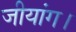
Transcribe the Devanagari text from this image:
जीयांग।